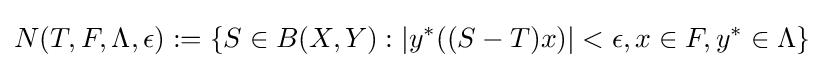
N(T,F,\Lambda ,\epsilon ):=\left\{S\in B(X,Y):\left|y^{*}((S-T)x)\right|<\epsilon ,x\in F,y^{*}\in \Lambda \right\}